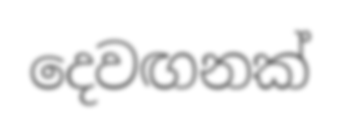
දෙවඟනක්